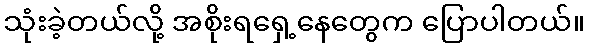
သုံးခဲ့တယ်လို့ အစိုးရရှေ့နေတွေက ပြောပါတယ်။